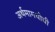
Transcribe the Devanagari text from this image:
अर्थमागधीची